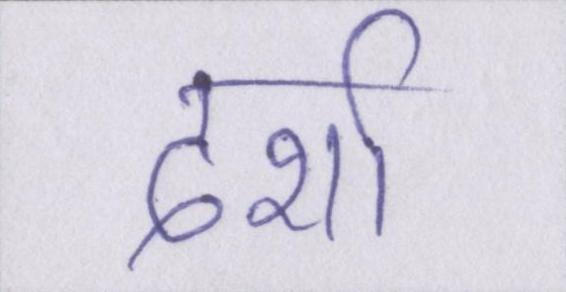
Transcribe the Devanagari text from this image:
दर्शा